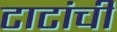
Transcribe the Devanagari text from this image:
टाटांची